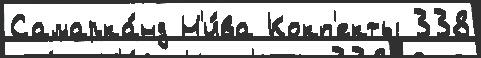
Самарка́нд Н'и́ва Кокп'екты 338